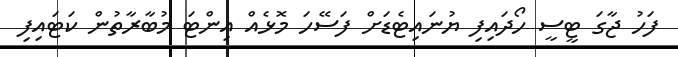
ފަހު ޖާގަ ޓީސީ ހޯދައިފި ޔުނައިޓެޑަށް ފަސޭހަ މޮޅެއް އިންޓަ މުބާރާތުން ކަޓައިފި